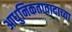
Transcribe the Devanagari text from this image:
आधुनिकतावादाच्या